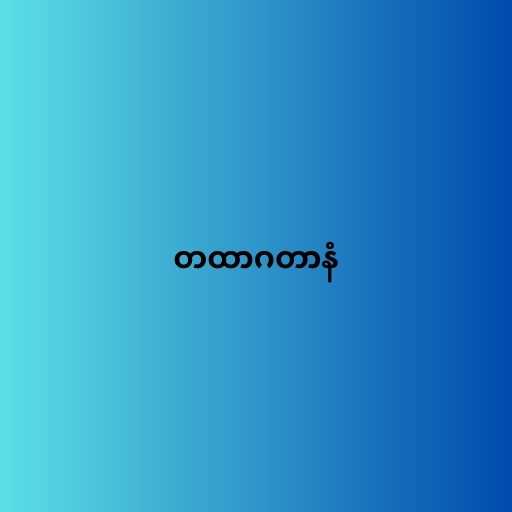
တထာဂတာနံ